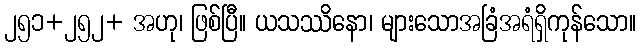
၂၅၁+၂၅၂+ အဟု၊ ဖြစ်ပြီ။ ယသဿိနော၊ များသောအခြံအရံရှိကုန်သော။